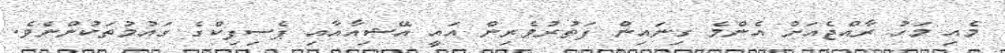
މެއި މަހު ރާއްޖެއަށް އެންމެ ގިނައިން ފަތުރުވެރިން އައީ އޭޝިއާއާއި ޕެސިފިކްގެ ގައުމުތަކުންނެވެ.